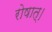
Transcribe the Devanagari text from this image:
रोषात्।